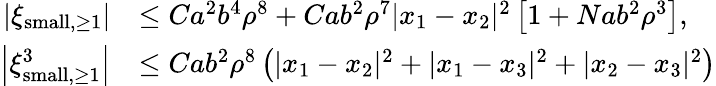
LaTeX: \begin{array}{rl}{\left\vert\xi_{\textnormal{small},\geq 1}\right\vert}&{\leq Ca^{2}b^{4}\rho^{8}+Cab^{2}\rho^{7}|x_{1}-x_{2}|^{2}\left[1+Nab^{2}\rho^{3}\right],}\\ {\left\vert\xi_{\textnormal{small},\geq 1}^{3}\right\vert}&{\leq Cab^{2}\rho^{8}\left(|x_{1}-x_{2}|^{2}+|x_{1}-x_{3}|^{2}+|x_{2}-x_{3}|^{2}\right)}\end{array}